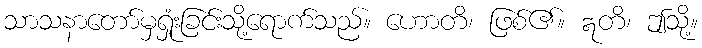
သာသနာတော်မှရှုံးခြင်းသို့ရောက်သည်။ ဟောတိ၊ ဖြစ်၏။ ဣတိ၊ ဤသို့။